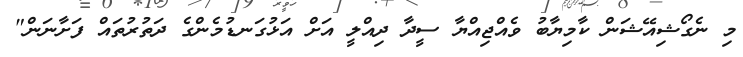
މި ނެގޯޝިއޭޝަން ކާމިޔާބު ވެއްޖިއްޔާ ސީދާ ދިއްލީ އަށް އަޅުގަނޑުމެންގެ ދަތުރުތައް ފަށާނަން"